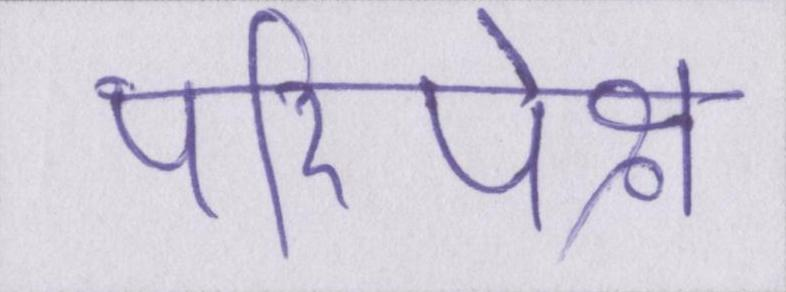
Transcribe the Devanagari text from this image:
परिपेक्ष